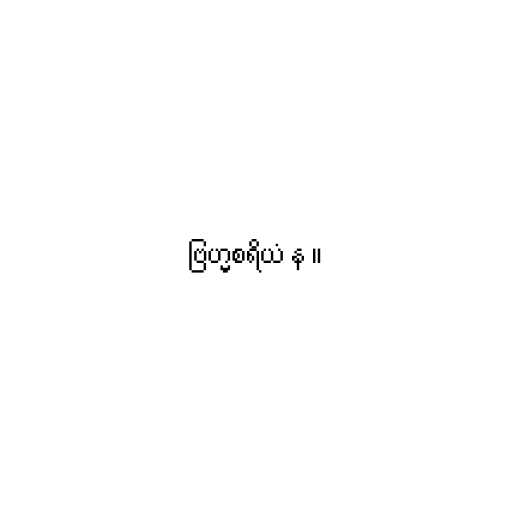
ဗြဟ္မစရိယံ န ။